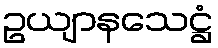
ဥယျာနသေဋ္ဌံ